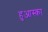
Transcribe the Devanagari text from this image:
हुआस्का